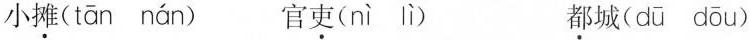
小摊( tān nán ) 官吏( nì lì ) 都城( dū dōu )